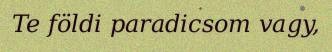
Te földi paradicsom vagy,